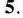
5.